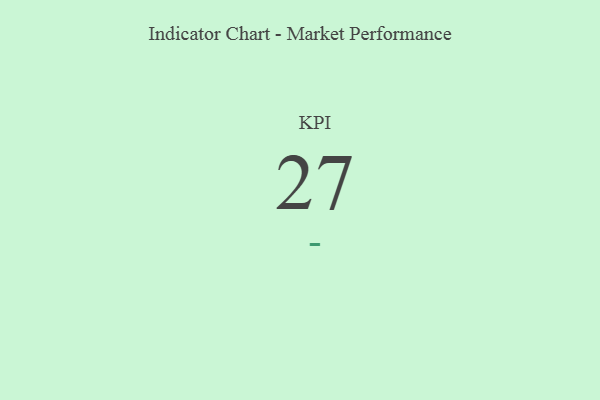
{"axis": {"x": "KPI", "y": "Value"}, "legend": [""], "data": [{"x": "KPI", "y": 27, "type": ""}]}